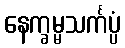
နေက္ခမ္မသင်္ကပ္ပံ